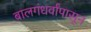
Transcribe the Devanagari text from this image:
बालगंधर्वांपासून